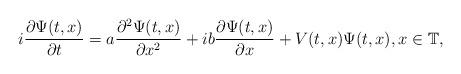
LaTeX: \begin{align*}i\frac{\partial\Psi(t,x)}{\partial t}=a\frac{\partial^{2}\Psi(t,x)}{\partial x^{2}}+ib\frac{\partial\Psi(t,x)}{\partial x}+V(t,x)\Psi(t,x),x\in\mathbb{T},\end{align*}